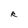
Character: R